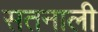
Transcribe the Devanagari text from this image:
सतनाली